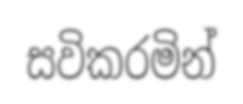
සවිකරමින්